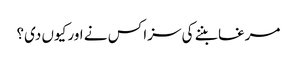
مرغا بننے کی سزا کس نے اور کیوں دی؟